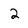
Character: 2